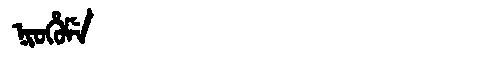
Manchu: ᠨᡳᠣᡥᡠᠮᡝ
Romanization: NIOHUME